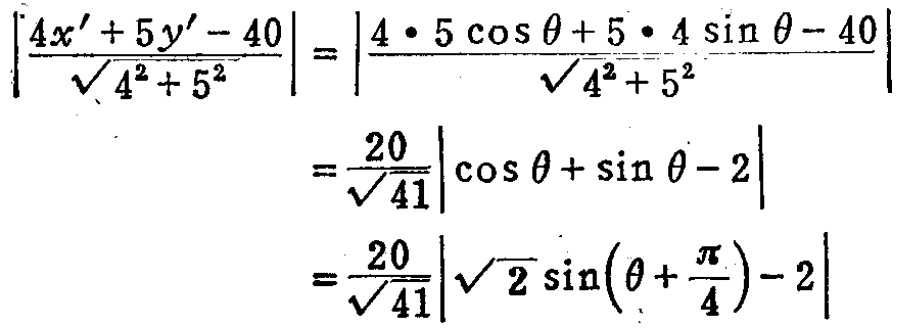
\[
\begin{align*}
\left|\frac{4x'+5y'-40}{\sqrt{4^{2}+5^{2}}}\right|&=\left|\frac{4\cdot5\cos\theta + 5\cdot4\sin\theta - 40}{\sqrt{4^{2}+5^{2}}}\right|\\
&=\frac{20}{\sqrt{41}}|\cos\theta+\sin\theta - 2|\\
&=\frac{20}{\sqrt{41}}\left|\sqrt{2}\sin\left(\theta+\frac{\pi}{4}\right)-2\right|
\end{align*}
\]